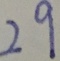
2 9